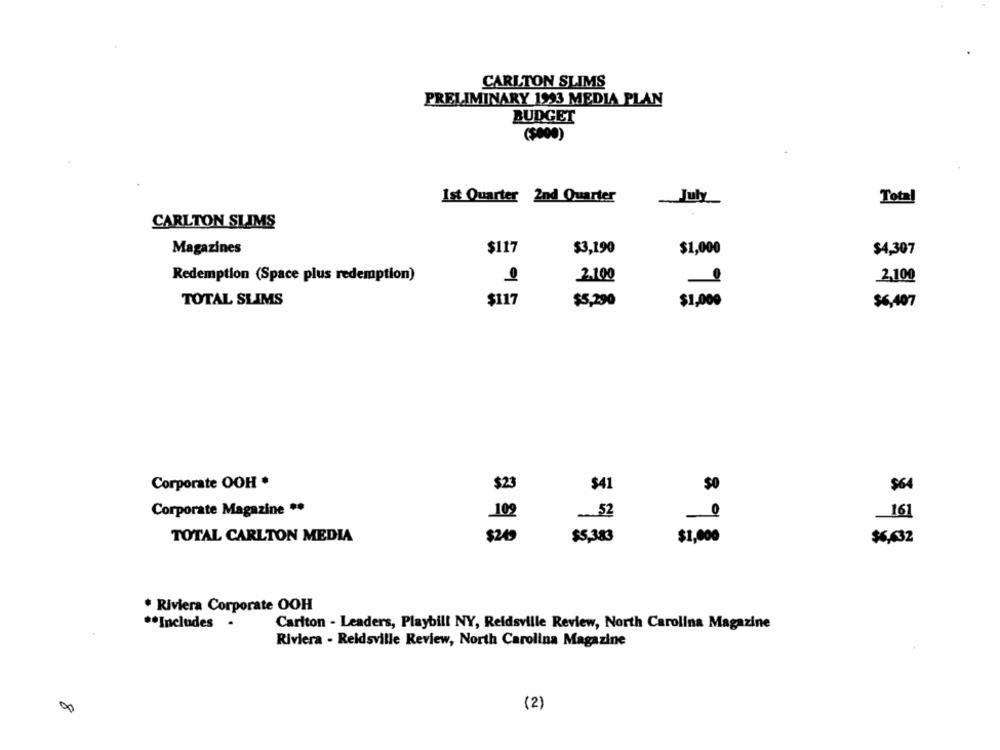
CARLTON SLIMS
PRELIMINARY 1923 MEDIA PLAN
BUDGET
($000)
Ist Quarter 2nd Quarter
July
Total
CARLTON SLIMS
Magazines
$117
$3,190
$1,000
$4,307
Redemption (Space plus redemption)
2.100
2,100
$117
TOTAL SLIMS
$5,290
$1,000
$6,407
Corporate OOH *
$23
छा
$41
$0
$64
Corporate Magazine **
52
161
TOTAL CARLTON MEDIA
$249
$5,383
$1,000
$6,632
* Riviera Corporate OOH
** Includes .
Carlton - Leaders, Playbill NY, Reidsville Review, North Carolina Magazine
Riviera - Reidsville Review, North Carolina Magazine
(2)
8